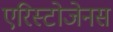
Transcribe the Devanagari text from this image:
एरिस्टोजेनस